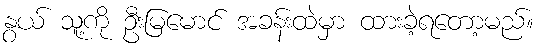
နွယ် သူ့ကို ဦးမြမောင် အခန်းထဲမှာ ထားခဲ့ရတော့မည်။